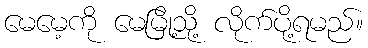
မေမေ့ကို မေမြို့သို့ လိုက်ပို့ရမည်။